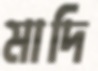
মাদি